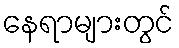
နေရာများတွင်